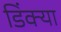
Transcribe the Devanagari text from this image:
डिंक्या